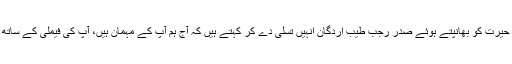
یلدریم جلیلک کی حیرت کو بھانپتے ہوئے صدر رجب طیب اردگان انہیں تسلی دے کر کہتے ہیں کہ آج ہم آپ کے مہمان ہیں، آپ کی فیملی کے ساتھ افطار کریں گے۔